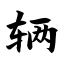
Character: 辆